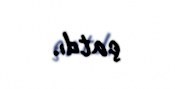
çatdı.